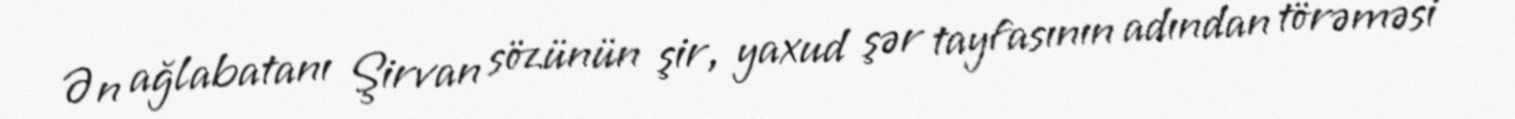
Ən ağlabatanı Şirvan sözünün şir, yaxud şər tayfasının adından törəməsi